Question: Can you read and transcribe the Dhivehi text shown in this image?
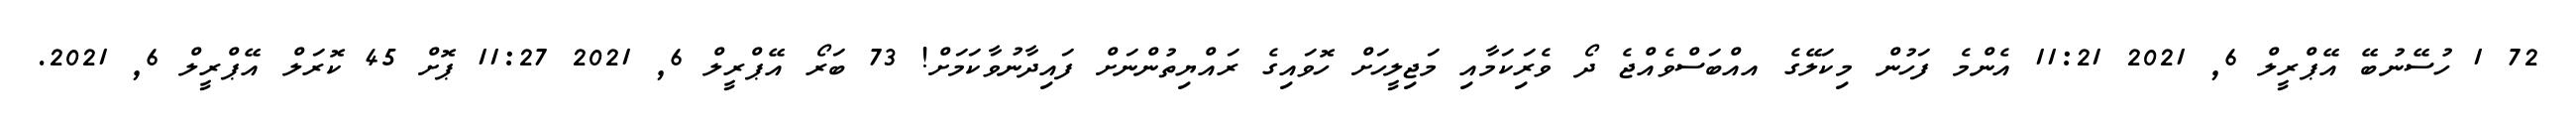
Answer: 72 1 ހުސޭނުބޭ އޭޕްރީލް 6, 2021 11:21 އެންމެ ފަހުން މިކަލޭގެ އއްބަސްވެއްޖެ ދޯ ވެރިަކަމާއި މަޖިލީހަށް ހޮވައިގެ ރައްޔިތުންނަށް ފައިދާނުވާކަމަށް! 73 ބަރޯ އޭޕްރީލް 6, 2021 11:27 ޕޮށް 45 ކޮރަލް އޭޕްރީލް 6, 2021.